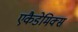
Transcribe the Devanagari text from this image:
एकैडेमिक्स